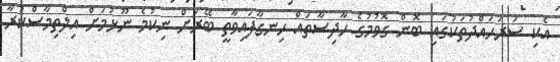
އެކި ސަރަހައްދުތަކުގައި ބޮން ގޮވުމުގެ ހާދިސާތައް ހިނގާފައިވާތީ ބޭރަށް ނިކުމެ ނޫޅުމަށް އިލްތިމާސްކުރާ